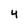
Character: 4